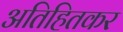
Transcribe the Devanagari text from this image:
अतिहितकर